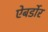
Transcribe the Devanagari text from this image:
ऐबर्डोर